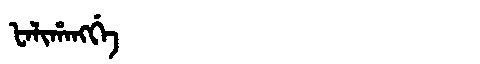
Manchu: ᡶᠠᠯᡳᡥᠠᠩᡤᡝ
Romanization: FALIHANGGE